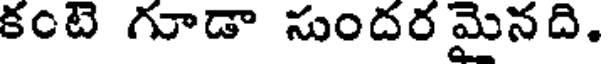
కంటె గూడా సుందర మైనది.